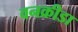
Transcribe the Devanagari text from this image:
वनक्रीडा